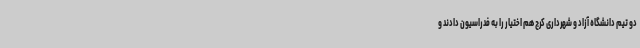
دو تیم دانشگاه آزاد و شهرداری کرج هم اختیار را به فدراسیون دادند و